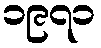
၁၉၇၁